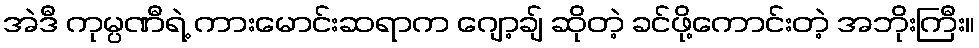
အဲဒီ ကုမ္ပဏီရဲ့ ကားမောင်းဆရာက ဂျော့ချ် ဆိုတဲ့ ခင်ဖို့ကောင်းတဲ့ အဘိုးကြီး။